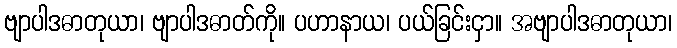
ဗျာပါဒဓာတုယာ၊ ဗျာပါဒဓာတ်ကို။ ပဟာနာယ၊ ပယ်ခြင်းငှာ။ အဗျာပါဒဓာတုယာ၊